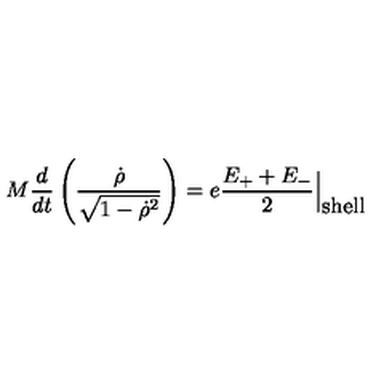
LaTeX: M \frac { d } { d t } \left( \frac { { \dot { \rho } } } { \sqrt { 1 - { \dot { \rho } } ^ { 2 } } } \right) = e \frac { E _ { + } + E _ { - } } { 2 } \Bigl | _ { \textstyle \mathrm { s h e l l } }